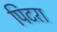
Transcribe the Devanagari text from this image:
पिटरा